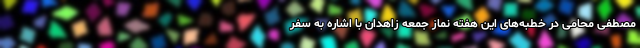
مصطفی محامی در خطبه‌های این هفته نماز جمعه زاهدان با اشاره به سفر